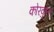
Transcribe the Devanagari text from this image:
कोरकुत